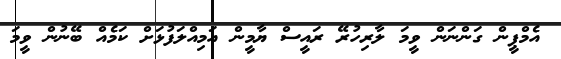
އެމްޕީން ގަންނަން ވީމަ ލާރިހުރޭ ރައީސް ޔާމީން އަމިއްލަފުޅަށް ކަމެއް ބޭނުން ވީމަ